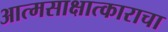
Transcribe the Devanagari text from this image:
आत्मसाक्षात्काराचा